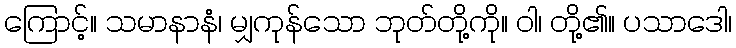
ကြောင့်။ သမာနာနံ၊ မျှကုန်သော ဘုတ်တို့ကို။ ဝါ၊ တို့၏။ ပသာဒေါ၊